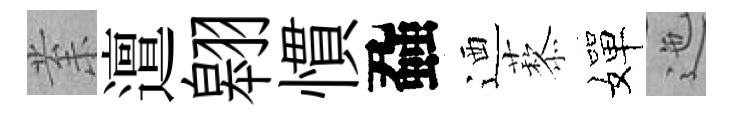
𭪙邅翱慣蝨迺藜嬋迤